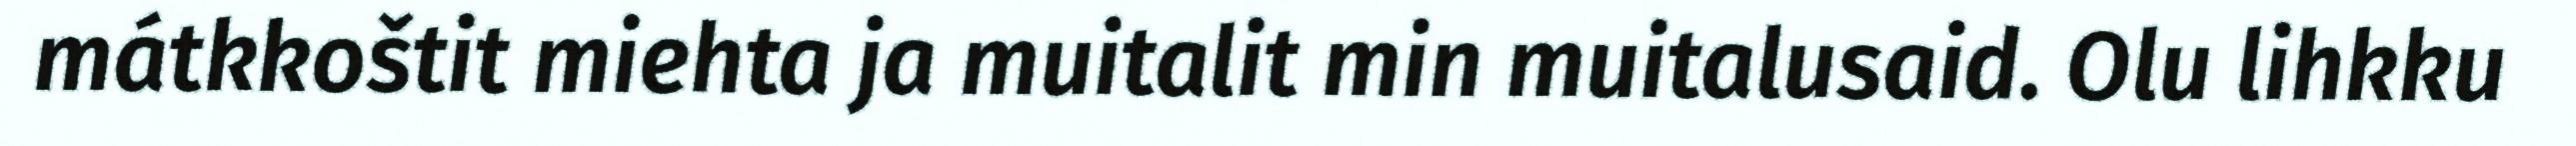
mátkkoštit miehta ja muitalit min muitalusaid. Olu lihkku